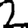
Digit: 2